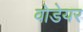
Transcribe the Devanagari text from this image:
वोडेयर